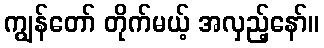
ကျွန်တော် တိုက်မယ့် အလှည့်နော်။